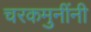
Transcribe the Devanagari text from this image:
चरकमुनींनी